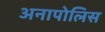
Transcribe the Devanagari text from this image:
अनापोलिस